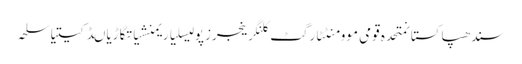
سندھپاکستانمتحدہ قومی موومنٹٹارگٹ کلنگرینجرزپولیسلیاریمنشیاتگاڑیاںڈکیتیاسلحہ